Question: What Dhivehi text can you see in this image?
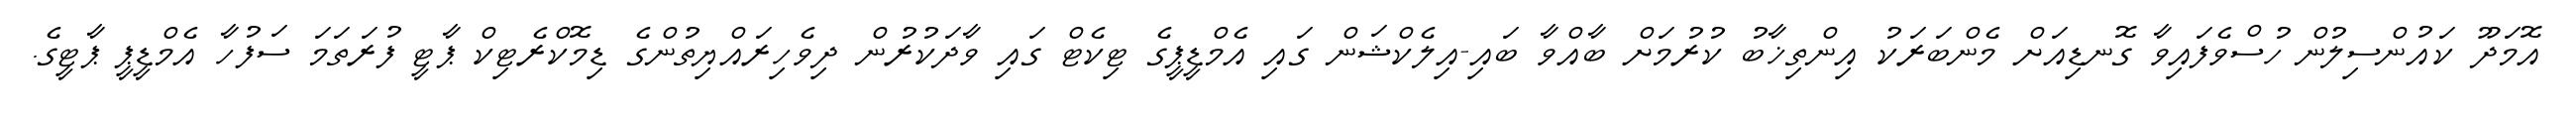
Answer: އޮމަދޫ ކައުންސިލުން ހުސްވެފައިވާ ގޮނޑިއަށް މެންބަރަކު އިންތިޚާބު ކުރުމަށް ބާއްވާ ބައި-އިލެކްޝަން ގައި އެމްޑީޕީގެ ޓިކެޓް ގައި ވާދަކުރުން ދިވެހިރައްޔިތުންގެ ޑިމޮކްރެޓިކް ޕާޓީ ފުރަތަމަ ސަފުހާ އެމްޑީޕީ ޕާޓީގެ.